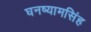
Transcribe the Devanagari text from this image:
घनष्यामसिंह